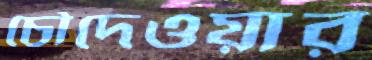
চৌদেওয়ার